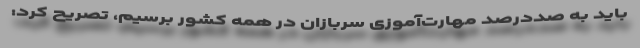
باید به صددرصد مهارت‌آموزی سربازان در همه کشور برسیم، تصریح کرد: